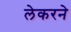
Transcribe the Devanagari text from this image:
लेकरने